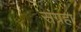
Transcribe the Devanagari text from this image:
संग्रहा